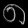
Digit: ၈